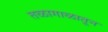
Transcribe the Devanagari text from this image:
तळागाळातून